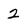
Character: 2